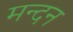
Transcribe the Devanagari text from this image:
मन्दन